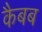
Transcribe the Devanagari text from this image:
कैबब